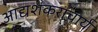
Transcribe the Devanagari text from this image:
आद्यशंकराचार्य